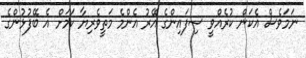
ނަމަވެސް އެކަން ކުރެއްވީ ސިފައިންގެ އޭރު އެންމެ މަތީވެރިޔާ ކަމަށް އެ ބޭފުޅުންގެ